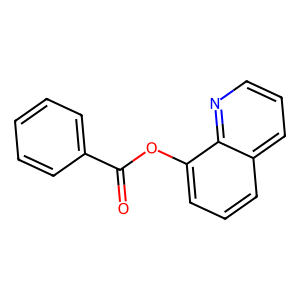
SMILES: O=C(Oc1cccc2cccnc12)c1ccccc1
Inhibits HIV replication: No